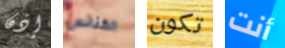
إذن الكنائس تكون أنت